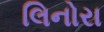
લિનોરા